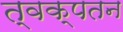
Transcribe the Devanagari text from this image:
त्वक्‌पतन